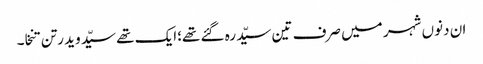
ان دنوں شہر میں صرف تین سیّد رہ گئے تھے؛ایک تھے سیّد وید رتن تنخا۔